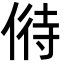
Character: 偫